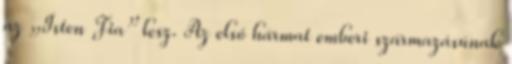
az „Isten Fia” lesz. Az első hármat emberi származásúnak